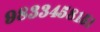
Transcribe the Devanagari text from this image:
९८३३४५८१५१